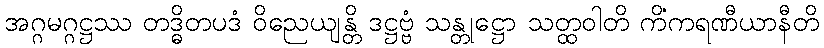
အဂ္ဂမဂ္ဂဋ္ဌဿ တဒ္ဓိတပဒံ ဝိညေယျန္တိ ဒဋ္ဌဗ္ဗံ သန္တုဋ္ဌော သတ္ထဝါတိ ကိံကရဏီယာနီတိ